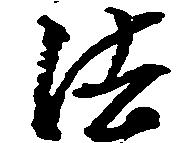
法